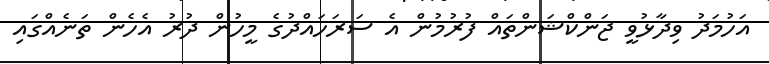
އަހުމަދު ވިދާޅުވީ ޖަންކްޝަންތައް ފުރުމުން އެ ސަރަހައްދުގެ މީހުން ދުރު އެހެން ތަނެއްގައި